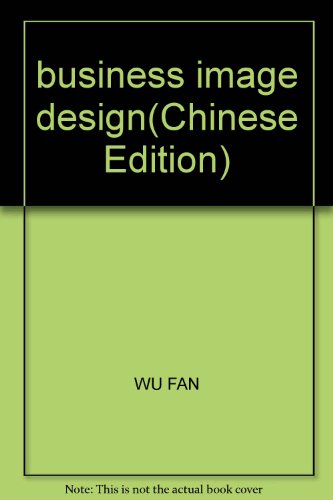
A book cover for business image design; WU FAN; Business & Money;